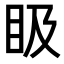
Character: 𥄫